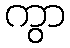
ကွာ